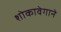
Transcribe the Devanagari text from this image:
शोकावेगाने